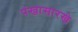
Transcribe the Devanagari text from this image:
पंखासारखे